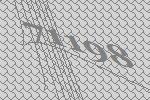
71198